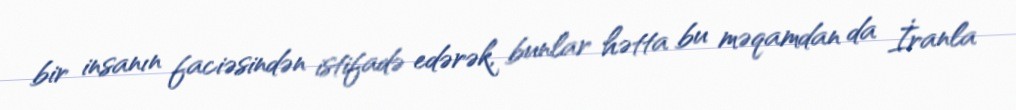
bir insanın faciəsindən istifadə edərək, bunlar hətta bu məqamdan da İranla